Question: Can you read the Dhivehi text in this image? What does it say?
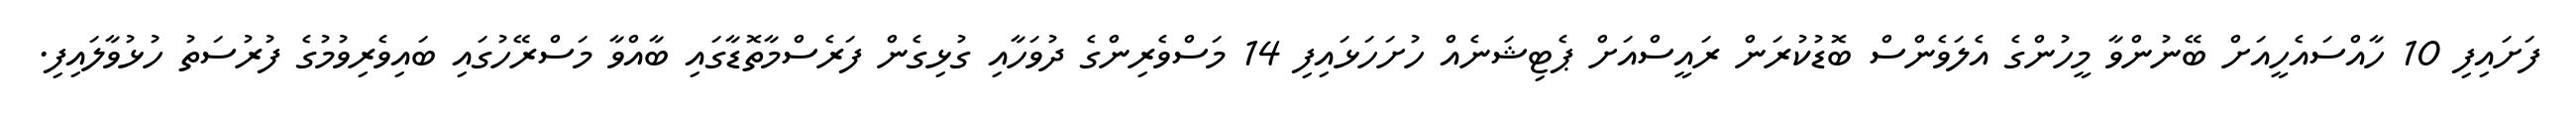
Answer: ފަށައިފި 10 ހާއްސައެހީއަށް ބޭނުންވާ މީހުންގެ އެލަވެންސް ބޮޑުކުރަން ރައީސްއަށް ޕެޓިޝަނެއް ހުށަހަޅައިފި 14 މަސްވެރިންގެ ދުވަހާއި ގުޅިގެން ފަރެސްމާތޮޑާގައި ބާއްވާ މަސްރޭހުގައި ބައިވެރިވުމުގެ ފުރުސަތު ހުޅުވާލައިފި.